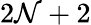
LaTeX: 2\mathcal{N}+2